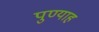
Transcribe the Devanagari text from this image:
पुण्याह